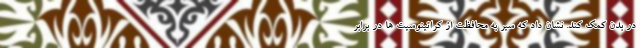
در بدن کمک کند. نشان داد که سیر به محافظت از کراتینوسیت ها در برابر